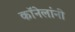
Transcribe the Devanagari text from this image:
कॉनेलांनी